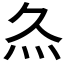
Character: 𤆐